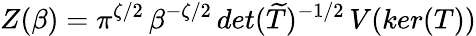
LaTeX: Z(\beta)=\pi^{\zeta/2}\, \beta^{-\zeta/2}\, det(\widetilde{T})^{-1/2}\, V(ker(T))